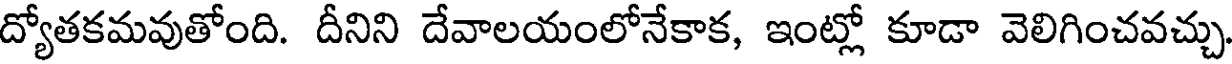
ద్యోతకమవుతోంది. దీనిని దేవాలయంలోనేకాక, ఇంట్లో కూడా వెలిగించవచ్చు